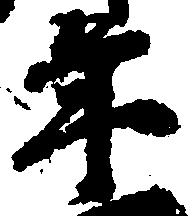
年